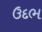
ઉદભ